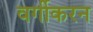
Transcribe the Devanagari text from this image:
वर्गीकरन